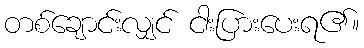
တစ်ချောင်းလျှင် ငါးပြားပေးရ၏။